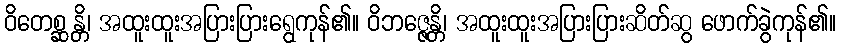
ဝိတေစ္ဆန္တိ၊ အထူးထူးအပြားပြားရွေကုန်၏။ ဝိဘဇ္ဇေန္တိ၊ အထူးထူးအပြားပြားဆိတ်ဆွ ဖောက်ခွဲကုန်၏။